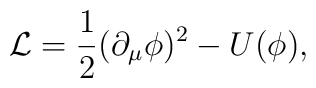
{\cal {L}}=\frac{1}{2}(\partial _{\mu }\phi )^{2}-U(\phi ),